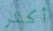
أكثر